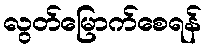
လွတ်မြောက်စေရန်